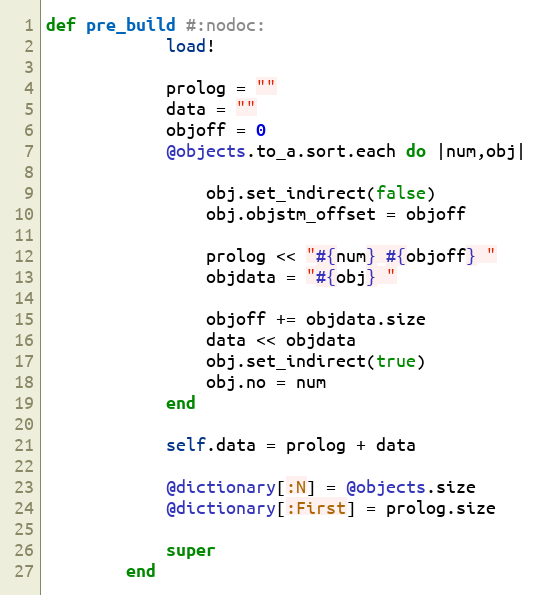
Language: Ruby
def pre_build #:nodoc:
            load!

            prolog = ""
            data = ""
            objoff = 0
            @objects.to_a.sort.each do |num,obj|

                obj.set_indirect(false)
                obj.objstm_offset = objoff

                prolog << "#{num} #{objoff} "
                objdata = "#{obj} "

                objoff += objdata.size
                data << objdata
                obj.set_indirect(true)
                obj.no = num
            end

            self.data = prolog + data

            @dictionary[:N] = @objects.size
            @dictionary[:First] = prolog.size

            super
        end